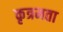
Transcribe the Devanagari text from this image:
कृत्रमता